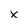
Character: x